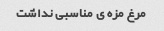
مرغ مزه ی مناسبی نداشت